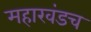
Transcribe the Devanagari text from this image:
महाखंडच